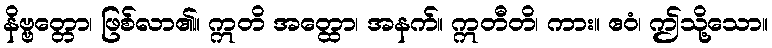
နိဗ္ဗတ္တော၊ ဖြစ်လာ၏။ ဣတိ အတ္ထော၊ အနက်။ ဣတီတိ၊ ကား။ ဧဝံ၊ ဤသို့သော။